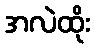
အလဲထိုး